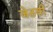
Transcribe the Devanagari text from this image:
जेठवी